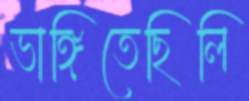
ভাঙ্গিতেছিলি